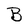
Character: B